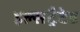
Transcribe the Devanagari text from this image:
इल्सट्रैटेड